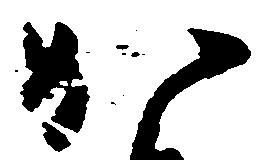
か